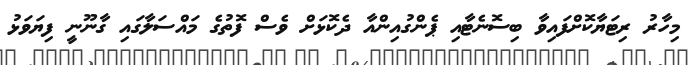
މިހާރު ރިޓަޔާކޮށްފައިވާ ބިސޮނެޓާއި ޕެންގުއިންއާ ދެކޮޅަށް ވެސް ފޮތުގެ މައްސަލާގައި ގާނޫނީ ފިޔަވަޅު